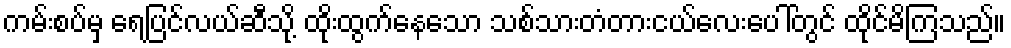
ကမ်းစပ်မှ ရေပြင်လယ်ဆီသို့ ထိုးထွက်နေသော သစ်သားတံတားငယ်လေးပေါ်တွင် ထိုင်မိကြသည်။